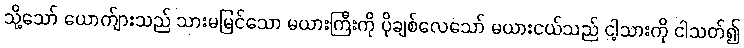
သို့သော် ယောက်ျားသည် သားမမြင်သော မယားကြီးကို ပိုချစ်လေသော် မယားငယ်သည် ငါ့သားကို ငါသတ်၍